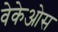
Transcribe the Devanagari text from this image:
वेकेओस